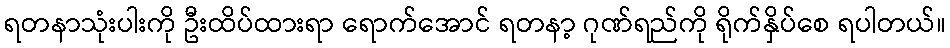
ရတနာသုံးပါးကို ဦးထိပ်ထားရာ ရောက်အောင် ရတနာ့ ဂုဏ်ရည်ကို ရိုက်နှိပ်စေ ရပါတယ်။